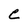
Character: e